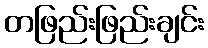
တဖြည်းဖြည်းချင်း